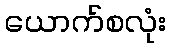
ယောက်စလုံး